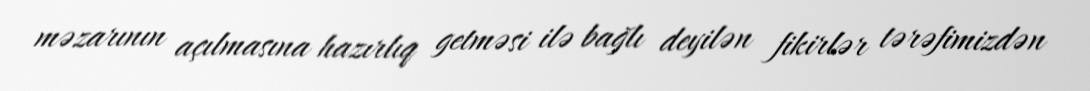
məzarının açılmasına hazırlıq getməsi ilə bağlı deyilən fikirlər tərəfimizdən